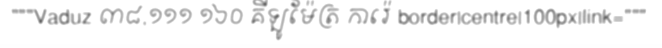
"""Vaduz ៣៨,១១១ ១៦០ គីឡូម៉ែត្រ ការ៉េ border|centre|100px|link="""